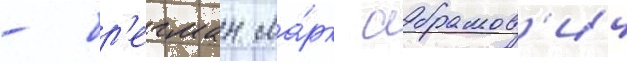
- бр'егман ма́рк абрамов'ич